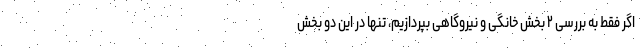
اگر فقط به بررسی ۲ بخش خانگی و نیروگاهی بپردازیم، تنها در این دو بخش